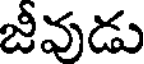
జీవుడు